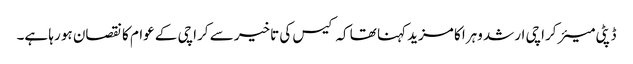
ڈپٹی میئر کراچی ارشد وہرا کا مزید کہنا تھا کہ کیس کی تاخیر سے کراچی کے عوام کا نقصان ہو رہا ہے۔